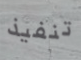
تنفيذ